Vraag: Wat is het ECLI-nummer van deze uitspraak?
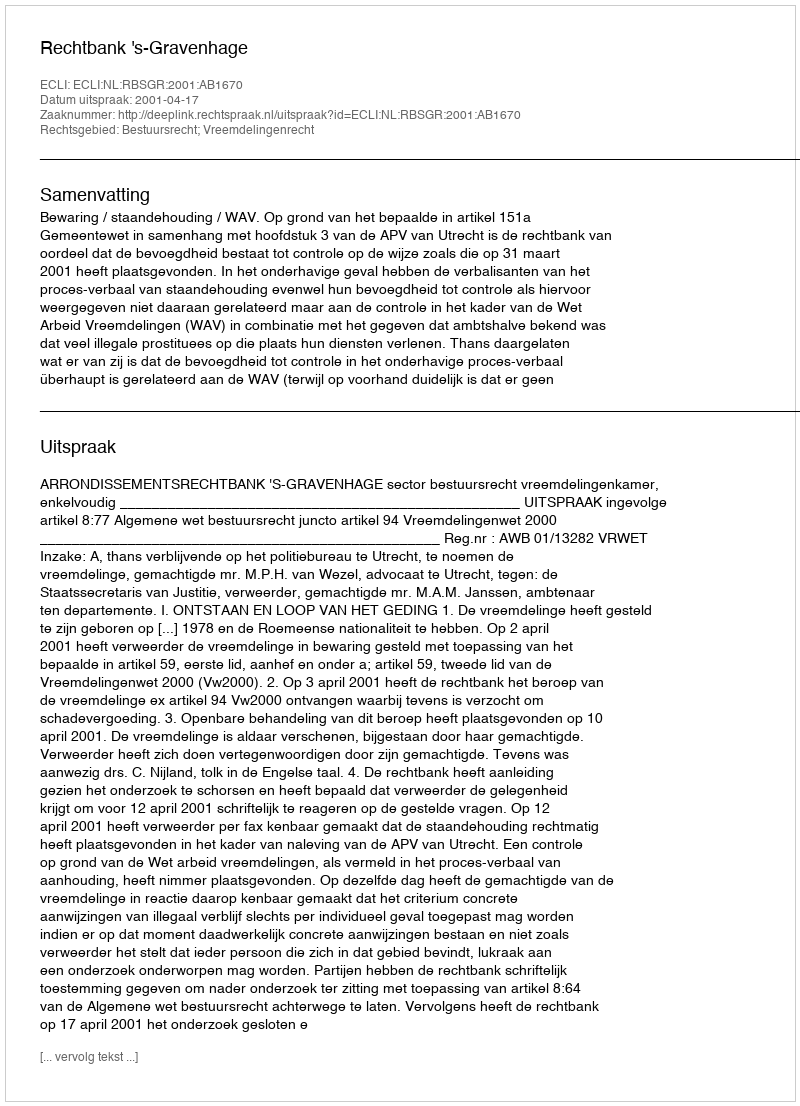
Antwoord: ECLI:NL:RBSGR:2001:AB1670